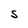
Character: S